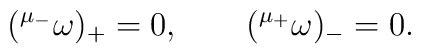
({}^{\mu_-} \omega)_+ = 0, \qquad ({}^{\mu_+} \omega)_- = 0.